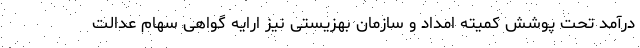
درآمد تحت پوشش کمیته امداد و سازمان بهزیستی نیز ارایه گواهی سهام عدالت